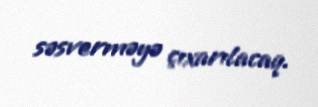
səsverməyə çıxarılacaq.